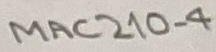
Text: MAC210-4